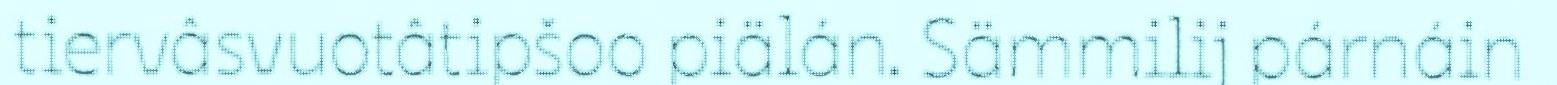
tiervâsvuotâtipšoo piälán. Sämmilij párnáin